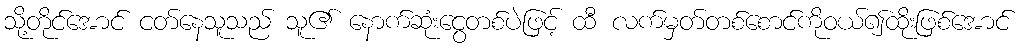
သို့တိုင်အောင် ငတ်နေသူသည် သူ၏ နောက်ဆုံးငွေတစ်ပဲဖြင့် ထီ လက်မှတ်တစ်စောင်ကိုဝယ်၍ထိုးဖြစ်အောင်